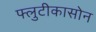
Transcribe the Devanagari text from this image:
फ्लुटीकासोन